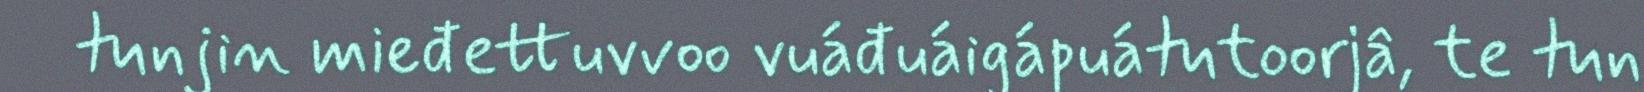
tunjin mieđettuvvoo vuáđuáigápuátutoorjâ, te tun